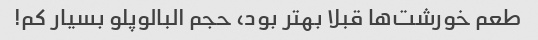
طعم خورشت‌ها قبلا بهتر بود، حجم البالوپلو بسیار کم!